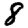
Digit: 8